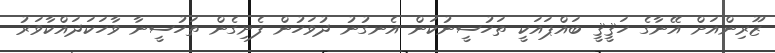
ޒޫރިންއަށް އޭނާގެ ހަޤީޤީ ބައްޕައަކީ ތަހުސީނުކަން އެނގުނު ދުވަހުން ފެށިގެން ތަހުސީނާ ވާހަކަދައްކާވަރު